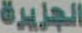
الجزيرة